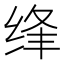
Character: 𮶂